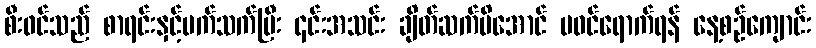
စီး၀င်သည် စာရင်းနှင့်ပက်သက်ပြီး ၎င်းအသင်း ချိတ်ဆက်မိအောင် မဝင်ရောက်ရန် နေ့စဉ်ကျောင်း